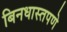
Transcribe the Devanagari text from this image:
बिनधास्तपणे